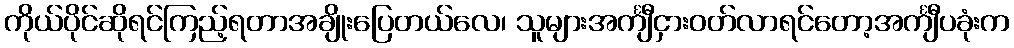
ကိုယ်ပိုင်ဆိုရင်ကြည့်ရတာအချိုးပြေတယ်လေ၊ သူများအင်္ကျီငှားဝတ်လာရင်တော့အင်္ကျီပခုံးက